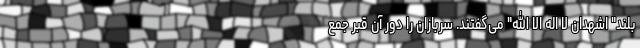
بلند" اشهدان لا اله الا الله" می‌گفتند. سربازان را دور آن قبر جمع